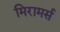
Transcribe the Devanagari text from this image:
मिरामर्स